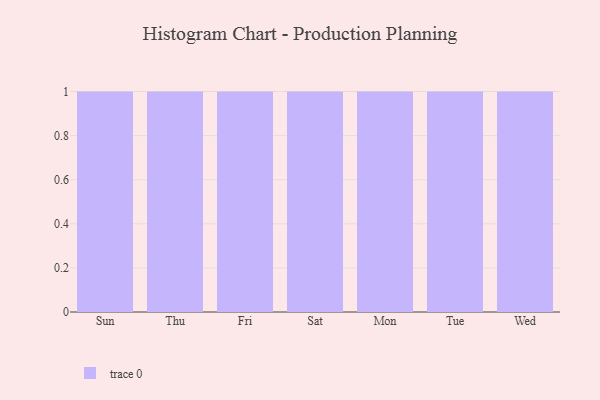
{"axis": {"x": "Day", "y": "Satisfaction Score"}, "legend": [""], "data": [{"x": "Sun", "y": 98, "type": ""}, {"x": "Thu", "y": 72, "type": ""}, {"x": "Fri", "y": 93, "type": ""}, {"x": "Sat", "y": 35, "type": ""}, {"x": "Mon", "y": 14, "type": ""}, {"x": "Tue", "y": 6, "type": ""}, {"x": "Wed", "y": 91, "type": ""}]}